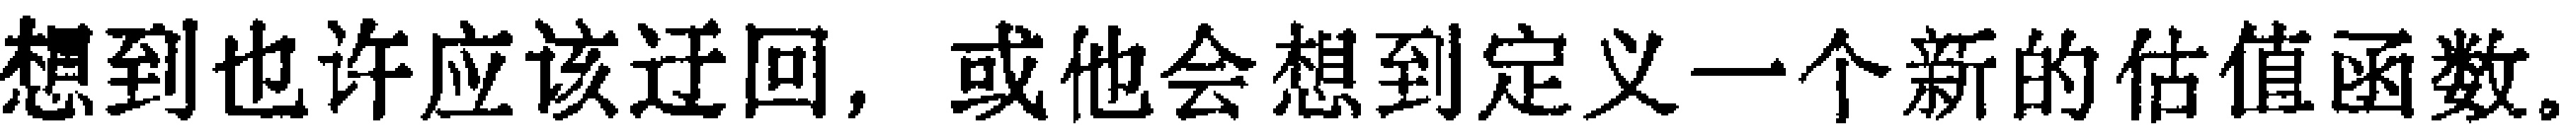
想到也许应该迂回，或他会想到定义一个新的估值函数。